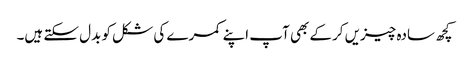
کچھ سادہ چیزیں کرکے بھی آپ اپنے کمرے کی شکل کو بدل سکتے ہیں۔